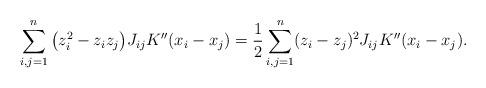
LaTeX: \begin{align*}\sum_{i,j=1}^n \big(z_i^2 - z_iz_j\big) J_{ij} K''(x_i-x_j) &= \frac12\sum_{i,j=1}^n (z_i - z_j)^2 J_{ij} K''(x_i-x_j).\end{align*}